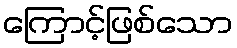
ကြောင့်ဖြစ်သော